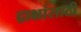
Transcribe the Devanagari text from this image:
द्राक्षांसाठी